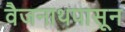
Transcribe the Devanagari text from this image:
वैजनाथपासून